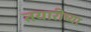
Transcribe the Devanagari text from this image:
तयारीच्या